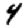
Digit: 4